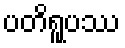
ပတိရူပဿ